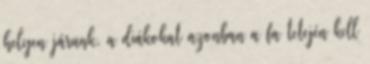
helyen járunk, a diákokat azonban a fa tetején kell